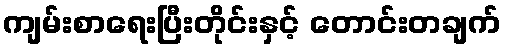
ကျမ်းစာရေးပြီးတိုင်းနှင့် တောင်းတချက်